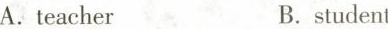
A.teacher B.twelve